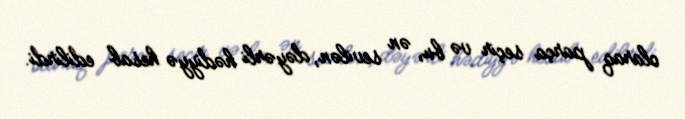
olaraq parça seçir və bu, ən sevilən, dəyərli hədiyyə hesab edilirdi.